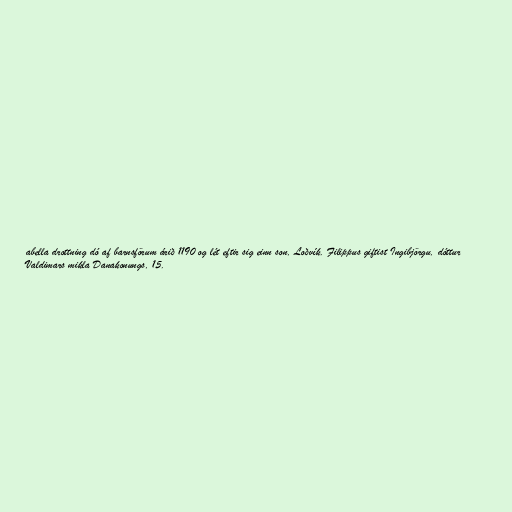
abella drottning dó af barnsförum árið 1190 og lét eftir sig einn son, Loðvík. Filippus giftist Ingibjörgu, dóttur
Valdimars mikla Danakonungs, 15.